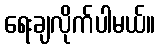
ရေးချလိုက်ပါမယ်။